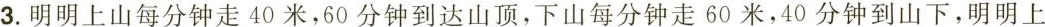
3.明明上山每分钟走40米，60分钟到达山顶，下山每分钟走60米，40分钟到山下，明明上